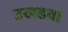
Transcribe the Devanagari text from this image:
उखडवा